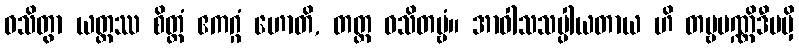
ဝသိတွာ ယတ္ထဿ စိတ္တံ ဧကဂ္ဂံ ဟောတိ, တတ္ထ ဝသိတဗ္ဗံ။ အာဝါသသပ္ပါယတာယ ဟိ တမ္ဗပဏ္ဏိဒီပမှိ